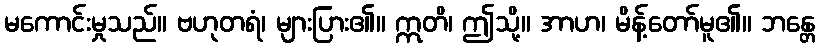
မကောင်းမှုသည်။ ဗဟုတရံ၊ များပြား၏။ ဣတိ၊ ဤသို့။ အာဟ၊ မိန့်တော်မူ၏။ ဘန္တေ